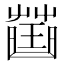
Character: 𧀍